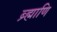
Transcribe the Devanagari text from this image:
ब्र्ह्माणि